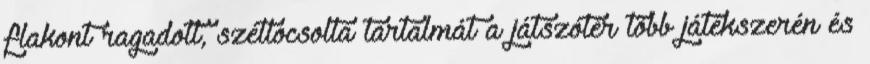
flakont ragadott, szétlocsolta tartalmát a játszótér több játékszerén és